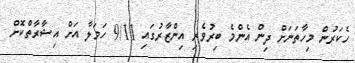
ހެކަރުން މިހާތަނަށް ދިން އެންމެ ބިރުވެރި އިންޒާރުގައި 9/11 ހަމަލާ އަށް އިޝާރާތްކޮށް